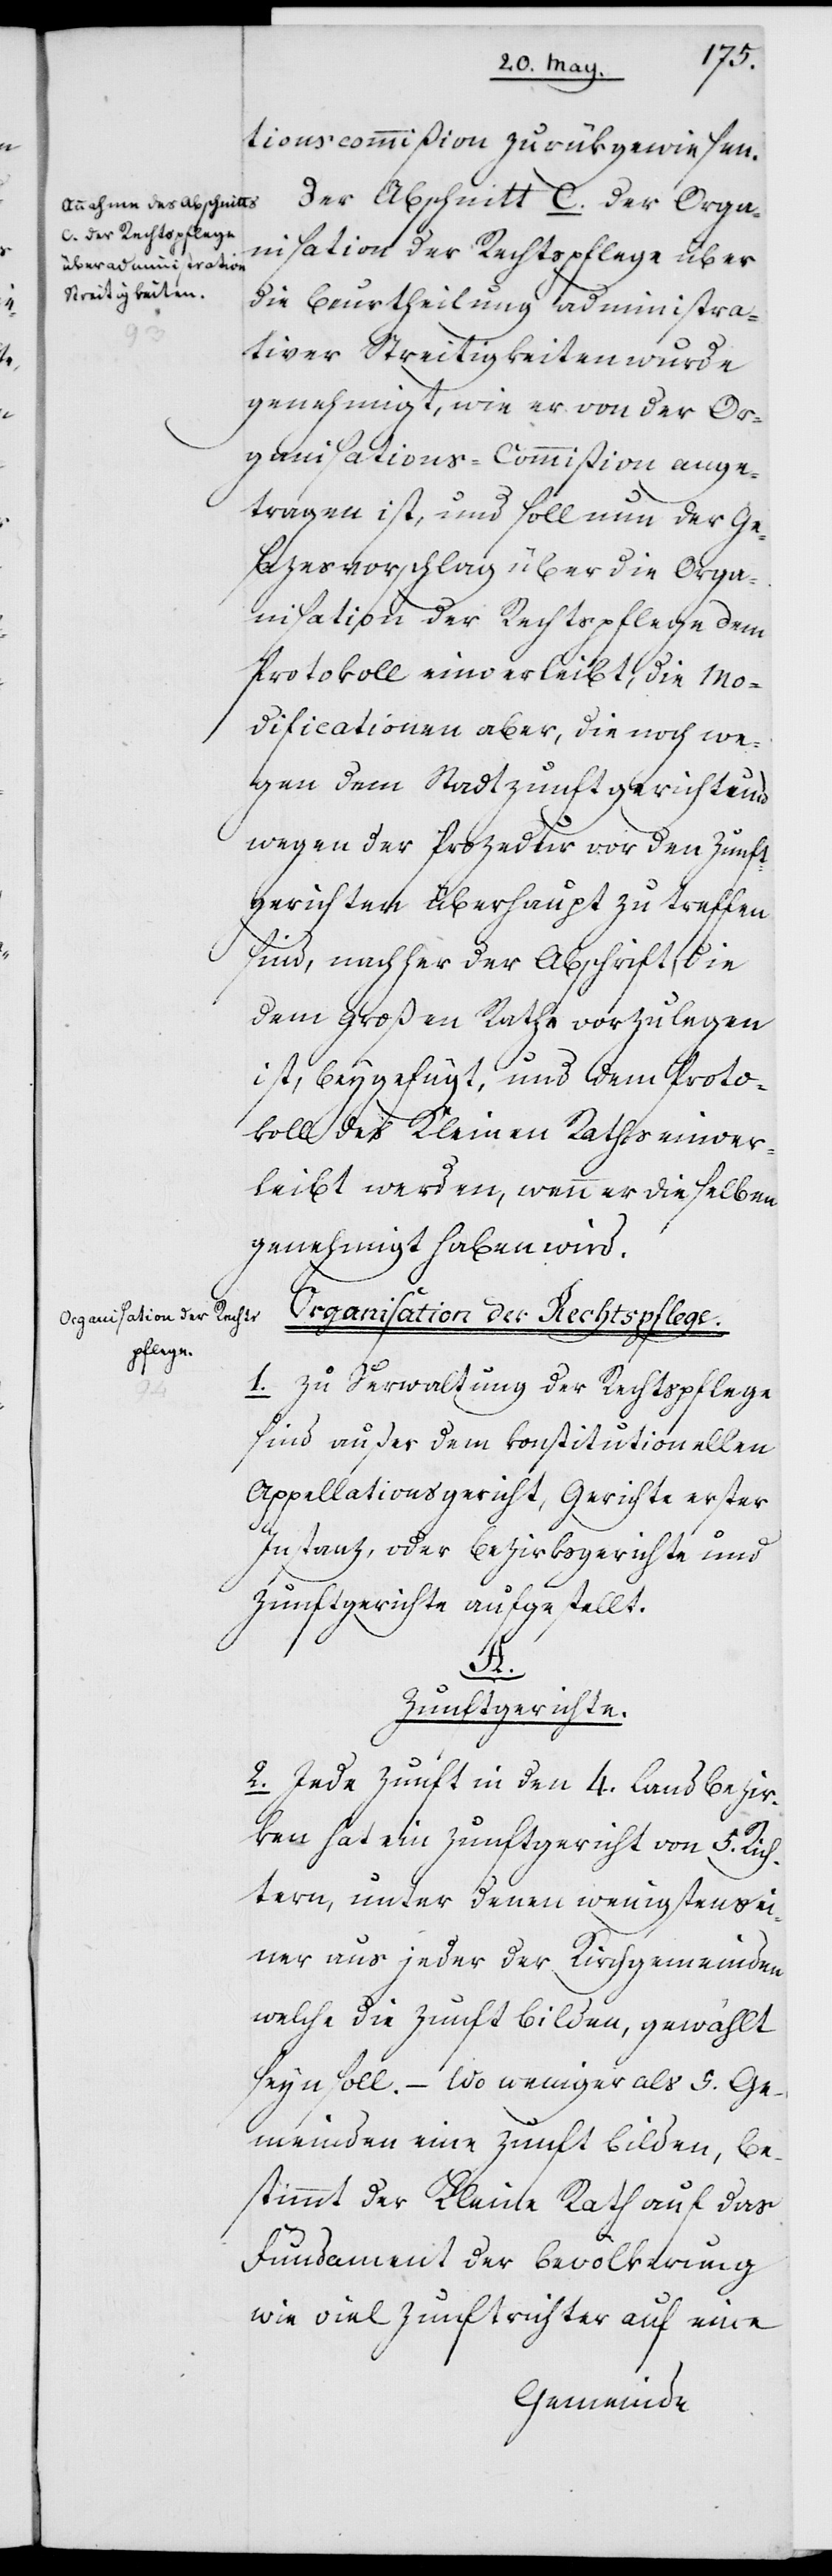
tionscommißion zurükgewiesen.
Der Abschnitt C. der Orga¬
nisation der Rechtspflege über
die Beurtheilung administra¬
tiver Streitigkeiten wurde
genehmigt, wie er von der Or¬
ganisations-Commißion ange¬
tragen wurde, und soll nun der Ge¬
sezesvorschlag über die Orga¬
nisation der Rechtspflege dem
Protokoll einverleibt, die Mo¬
dificationen aber, die noch we¬
gen dem Stadtzunftgericht und
wegen der Prozedur vor den Zunft¬
gerichten überhaupt zu treffen
sind, nachher der Abschrift, die
dem Großen Rathe vorzulegen
ist, beygefügt, und dem Proto¬
koll des Kleinen Raths einver¬
leibt werden, wenn er dieselben
genehmigt haben wird.
Organisation der Rechts¬
pflege.
1. Zu Verwaltung der Rechtspflege
sind außer dem konstitutionellen
Appellationsgericht, Gerichte erster
Instanz, oder Bezirksgerichte und
Zunftgerichte aufgestellt.
A.
Zunftgerichte.
2. Jede Zunft in den 4. Landbezir¬
ken hat ein Zunftgericht von 5. Rich¬
tern, unter denen wenigstens ei¬
ner aus jeder der Kirchgemeinden
welche die Zunft bilden, gewählt
seyn soll. – Wo weniger als 5. Ge¬
meinden eine Zunft bilden, be¬
stimmt der Kleine Rath auf das
Fundament der Bevölkerung
wie viel Zunftrichter auf eine